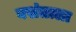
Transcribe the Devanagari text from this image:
वसंताला